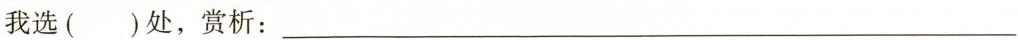
我选( )处，赏析：___